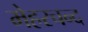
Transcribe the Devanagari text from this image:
मेहरचन्द